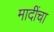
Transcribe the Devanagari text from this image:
मादींचा